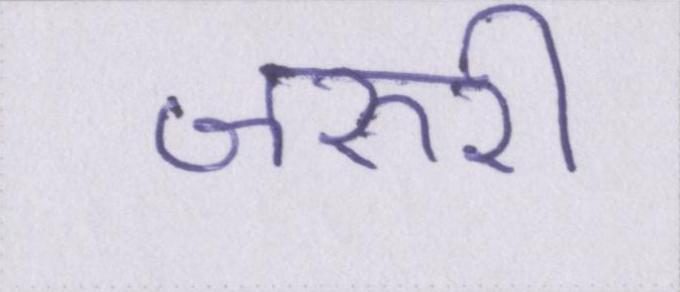
जरुरी